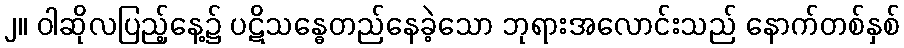
၂။ ဝါဆိုလပြည့်နေ့၌ ပဋိသန္ဓေတည်နေခဲ့သော ဘုရားအလောင်းသည် နောက်တစ်နှစ်